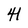
Character: 4